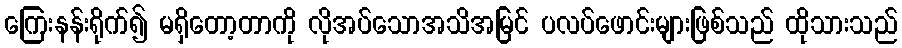
ကြေးနန်းရိုက်၍ မရှိတော့တာကို လိုအပ်သောအသိအမြင် ပလပ်ဖောင်းများဖြစ်သည် ထိုသားသည်